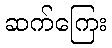
ဆက်ကြေး